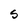
Character: S